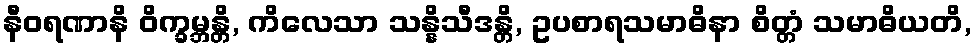
နီဝရဏာနိ ဝိက္ခမ္ဘန္တိ, ကိလေသာ သန္နိသီဒန္တိ, ဥပစာရသမာဓိနာ စိတ္တံ သမာဓိယတိ,